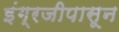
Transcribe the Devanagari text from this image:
इंग्रजीपासून